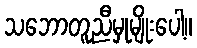
သဘောတူညီမှုမျိုးပေါ့။